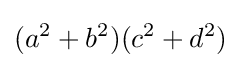
(a^{2}+b^{2})(c^{2}+d^{2})